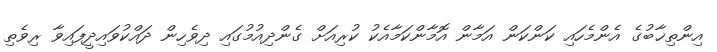
އިންތިޚާބުގެ އެންމެހައި ކަންކަން އަމާން އޮމާންކަމާއެކު ކުރިއަށް ގެންދިއުމުގައި ދިވެހިން ދައްކުވައިދީފައިވާ ރިވެތި